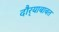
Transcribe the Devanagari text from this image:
दौर्‍याबाबत